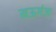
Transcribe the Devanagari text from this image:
मऊगंज